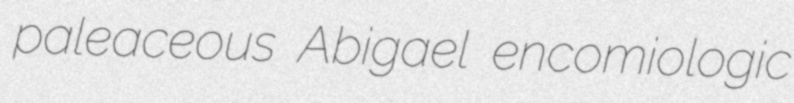
paleaceous Abigael encomiologic